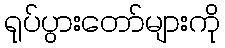
ရုပ်ပွားတော်များကို